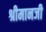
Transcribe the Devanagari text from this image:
श्रीमानजी